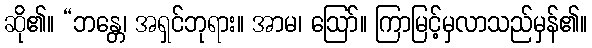
ဆို၏။ “ဘန္တေ၊ အရှင်ဘုရား။ အာမ၊ ဩော်။ ကြာမြင့်မှလာသည်မှန်၏။